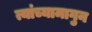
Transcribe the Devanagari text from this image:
त्यांच्यामागुन